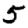
Digit: 5